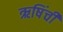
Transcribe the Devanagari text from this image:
ऋषिंची